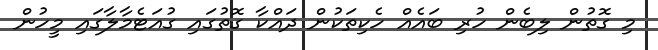
މި ގޮތުން ލިބެން ހުރި ބައެއް ހެކިތަކުން ދައްކާ ގޮތުގައި ގުއަޓެމާލާގައި މީހުން